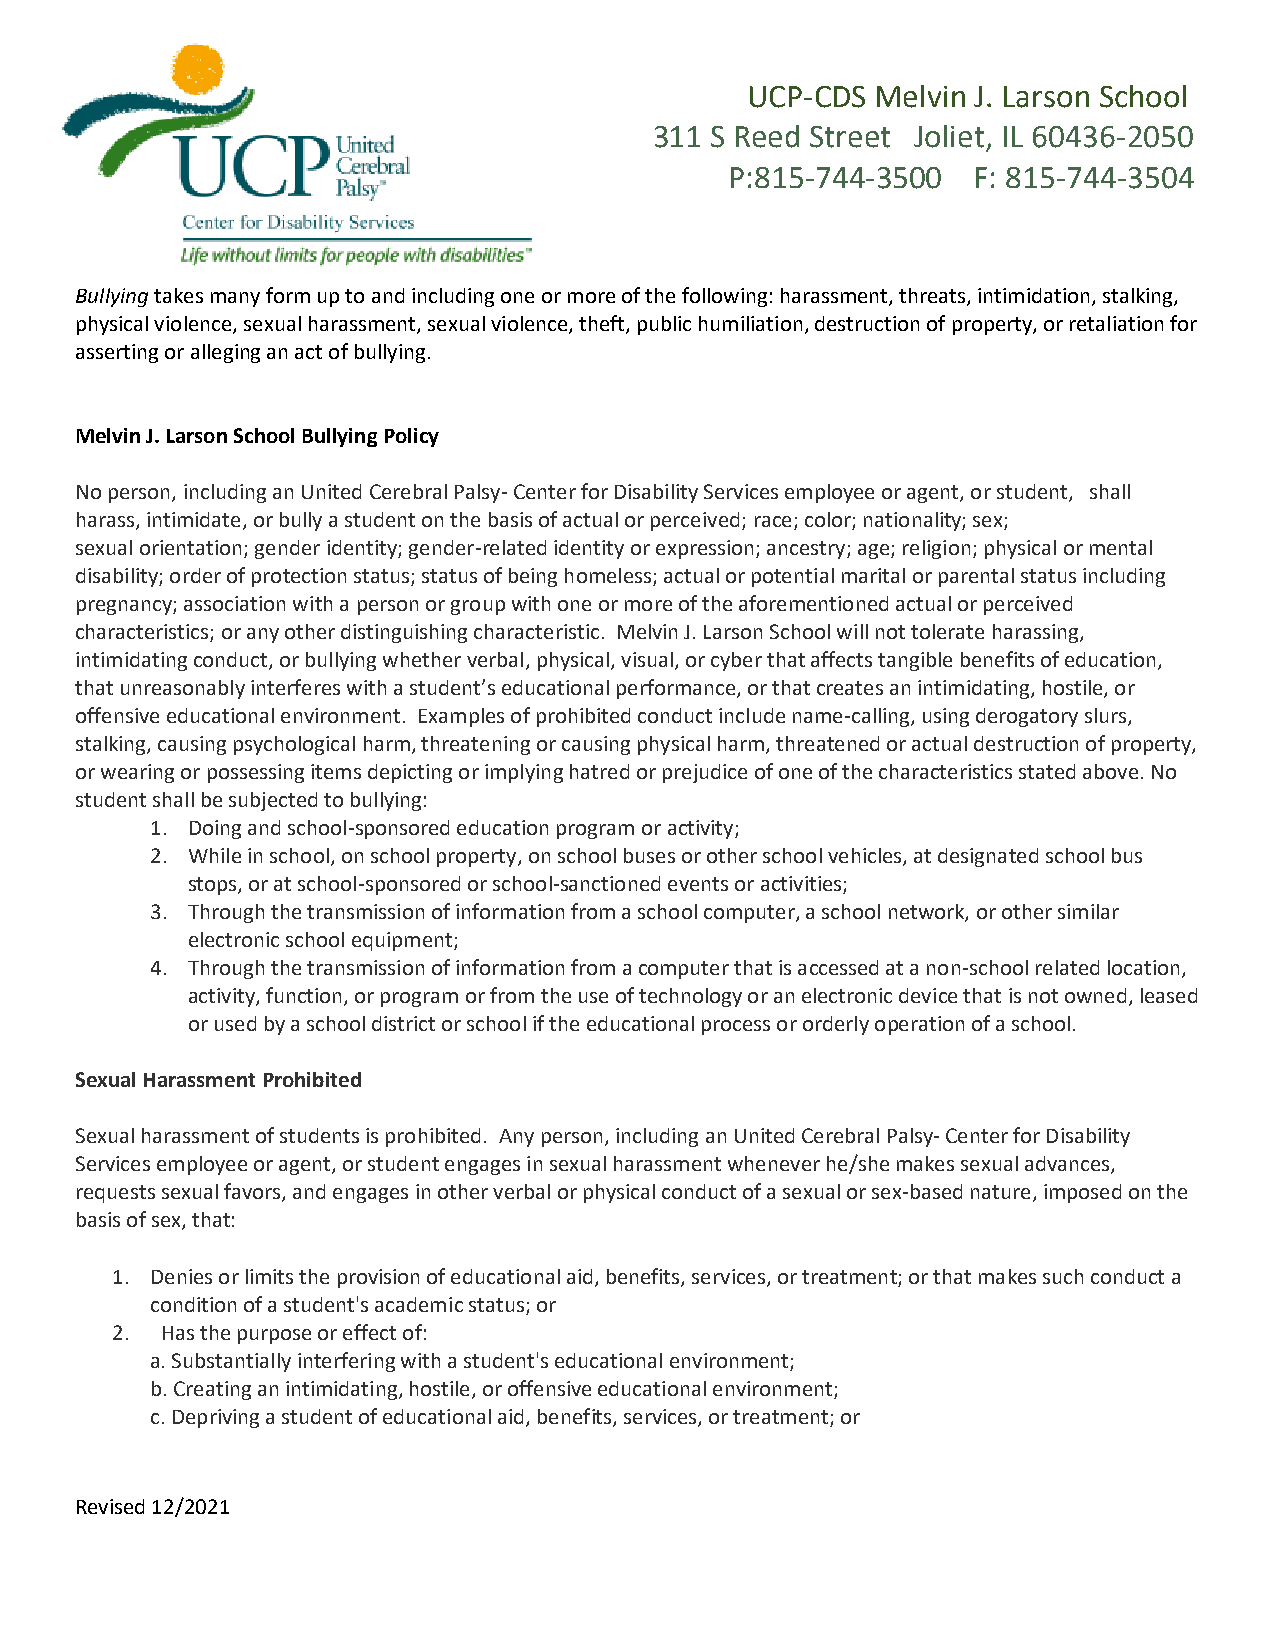
UCP-CDS  Melvin J. Larson School
 311 S Reed Street Joliet, IL 60436-2050
 P:815-744-3500  F: 815-744-3504
 Bullying takes many form up to and including one or more of the following: harassment, threats, intimidation, stalking,
 physical violence, sexual harassment, sexual violence, theft, public humiliation, destruction of property, or retaliation for
 asserting or alleging an act of bullying.
 Melvin J. Larson School Bullying Policy
 No person, including an United Cerebral Palsy- Center for Disability Services employee or agent, or student, shall
 harass, intimidate, or bully a student on the basis of actual or perceived; race; color; nationality; sex;
 sexual orientation; gender identity; gender-related identity or expression; ancestry; age; religion; physical or mental
 disability; order of protection status; status of being homeless; actual or potential marital or parental status including
 pregnancy; association with a person or group with one or more of the aforementioned actual or perceived
 characteristics; or any other distinguishing characteristic. Melvin J. Larson School will not tolerate harassing,
 intimidating conduct, or bullying whether verbal, physical, visual, or cyber that affects tangible benefits of education,
 that unreasonably interferes with a student’s educational performance, or that creates an intimidating, hostile, or
 offensive educational environment. Examples of prohibited conduct include name-calling, using derogatory slurs,
 stalking, causing psychological harm, threatening or causing physical harm, threatened or actual destruction of property,
 or wearing or possessing items depicting or implying hatred or prejudice of one of the characteristics stated above. No
 student shall be subjected to bullying:
 1. Doing and school-sponsored education program or activity;
 2. While in school, on school property, on school buses or other school vehicles, at designated school bus
 stops, or at school-sponsored or school-sanctioned events or activities;
 3. Through the transmission of information from a school computer, a school network, or other similar
 electronic school equipment;
 4. Through the transmission of information from a computer that is accessed at a non-school related location,
 activity, function, or program or from the use of technology or an electronic device that is not owned, leased
 or used by a school district or school if the educational process or orderly operation of a school.
 Sexual Harassment Prohibited
 Sexual harassment of students is prohibited. Any person, including an United Cerebral Palsy- Center for Disability
 Services employee or agent, or student engages in sexual harassment whenever he/she makes sexual advances,
 requests sexual favors, and engages in other verbal or physical conduct of a sexual or sex-based nature, imposed on the
 basis of sex, that:
 1. Denies or limits the provision of educational aid, benefits, services, or treatment; or that makes such conduct a
 condition of a student's academic status; or
 2.  Has the purpose or effect of:
 a. Substantially interfering with a student's educational environment;
 b. Creating an intimidating, hostile, or offensive educational environment;
 c. Depriving a student of educational aid, benefits, services, or treatment; or
 Revised 12/2021